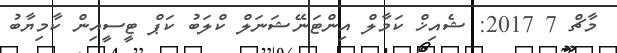
މާޗް 7 2017: ޝެއިޚް ކަމާލް އިންޓަނޭޝަނަލް ކްލަބު ކަޕް ޓީސީއިން ކާމިޔާބު